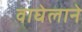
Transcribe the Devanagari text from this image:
वाघेलाने